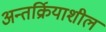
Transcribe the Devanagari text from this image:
अन्तर्क्रियाशील